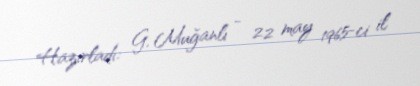
Hazırladı: G. Muğanlı - 22 may 1965-ci il